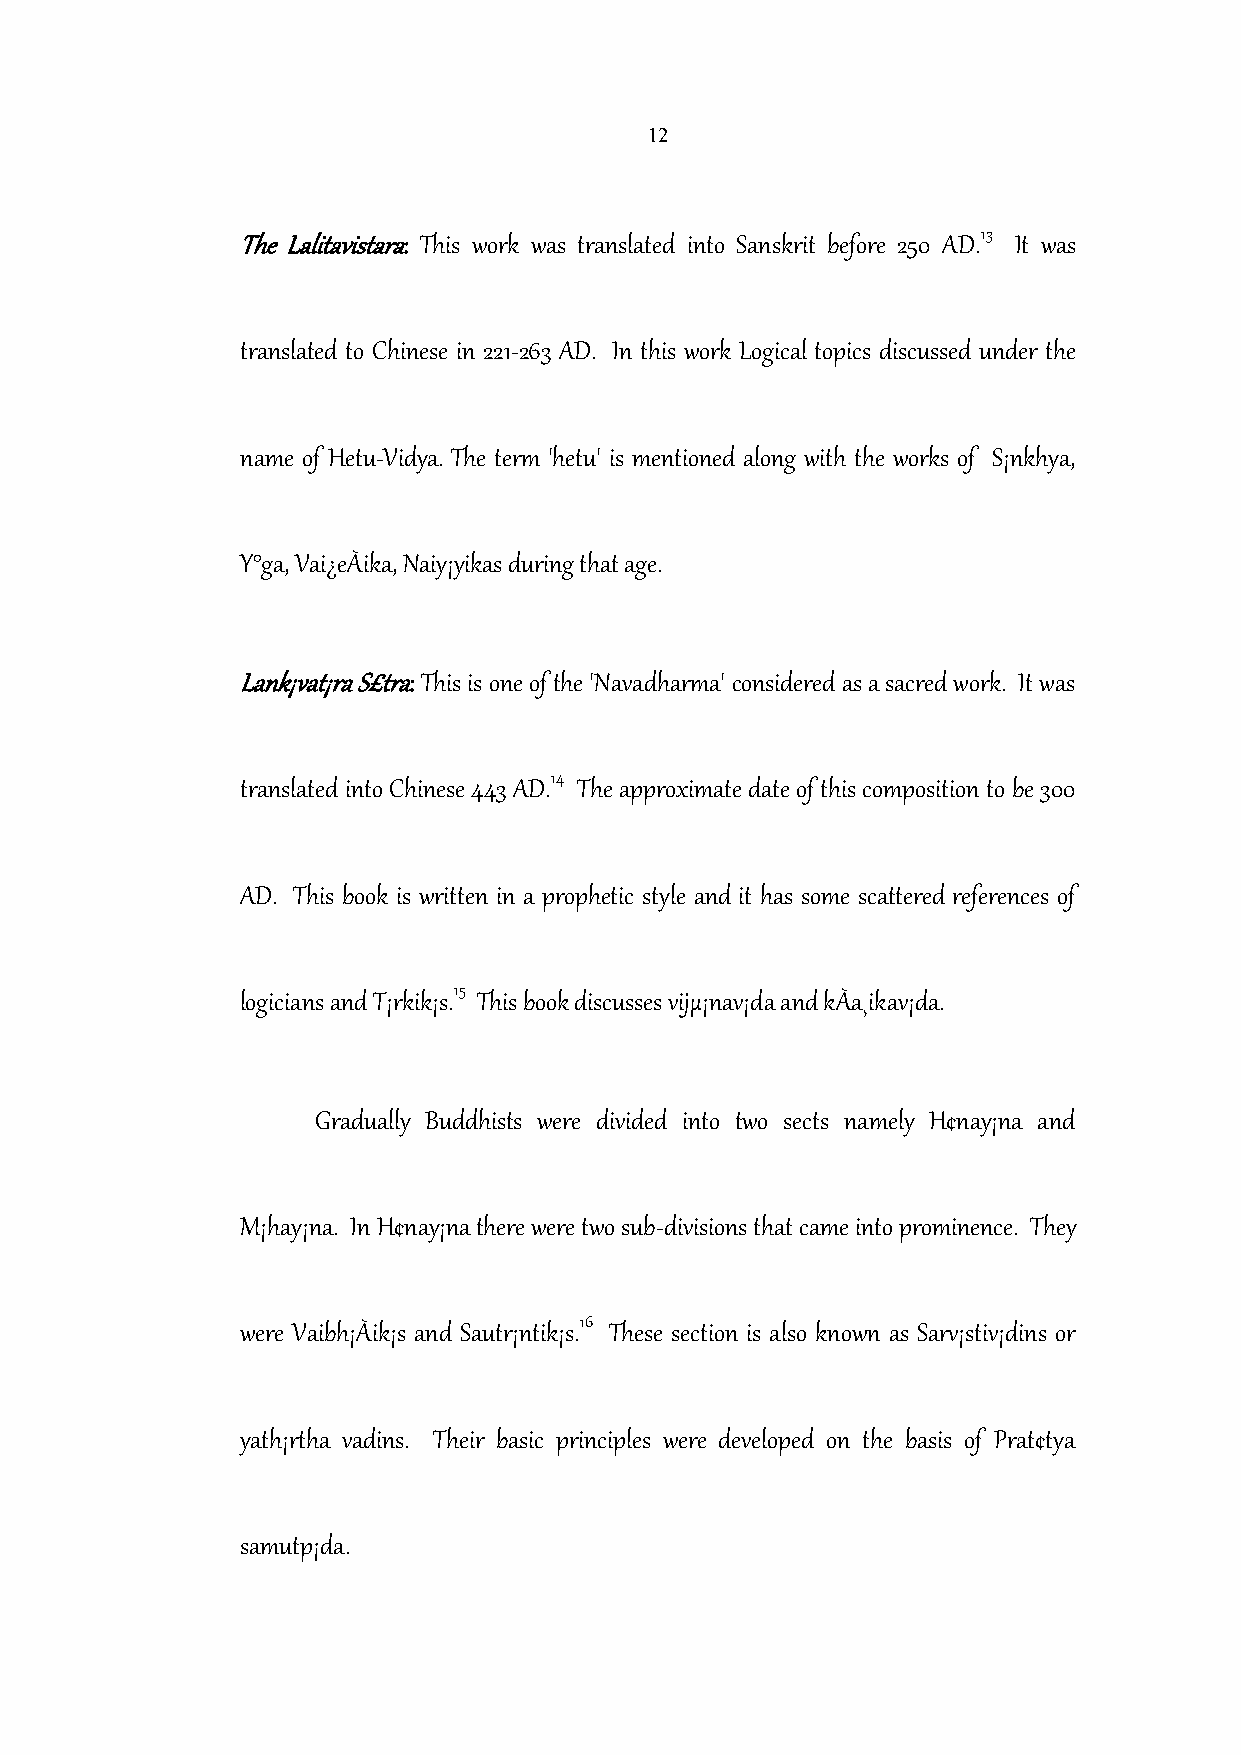
12
 13
 TheLalitavistara: This work was translated into Sanskrit before 250 AD. It was
 translated to Chinese in 221-263 AD. In this work Logical topics discussed under the
 name of Hetu-Vidya. The term 'hetu' is mentioned along with the works of S¡nkhya,
 Y°ga, Vai¿eÀika, Naiy¡yikas during that age.
 Lank¡vat¡ra S£tra:This is one of the 'Navadharma' considered as a sacred work. It was
 14
 translated into Chinese 443 AD. The approximate date of this composition to be 300
 AD. This book is written in a prophetic style and it has some scattered references of
 15
 logicians and T¡rkik¡s. This book discussesvijµ¡nav¡da and kÀa¸ikav¡da.
 Gradually Buddhists were divided into two sects namely H¢nay¡na and
 M¡hay¡na. In H¢nay¡na there were two sub-divisions that came into prominence. They
 16
 were Vaibh¡Àik¡s and Sautr¡ntik¡s. These section is also known as Sarv¡stiv¡dins or
 yath¡rtha vadins. Their basic principles were developed on the basis of Prat¢tya
 samutp¡da.